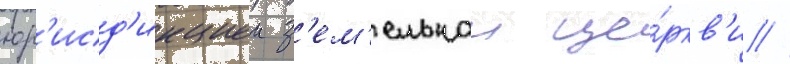
юр'исд'икциеи з'ем'ельнои це́ркв'и //